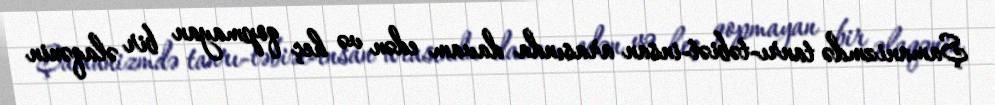
Şamanizmdə tanrı-təbiət-insan arasında davam edən və heç qopmayan bir əlaqənin